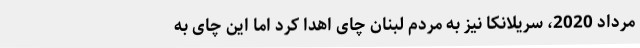
مرداد 2020، سریلانکا نیز به مردم لبنان چای اهدا کرد اما این چای به